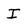
Character: I